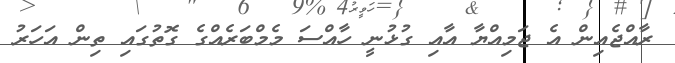
ރާއްޖެއިން އެ ޖަމިއްޔާ އާއި ގުޅުނީ ހާއްސަ މެމްބަރެއްގެ ގޮތުގައި ތިން އަހަރު